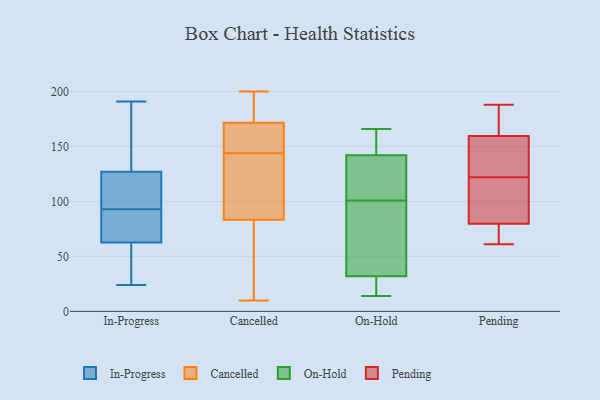
{"axis": {"x": "Demand Index", "y": "Value"}, "legend": ["Cancelled", "In-Progress", "On-Hold", "Pending"], "data": [{"x": "", "y": 73, "type": "In-Progress"}, {"x": "", "y": 67, "type": "In-Progress"}, {"x": "", "y": 90, "type": "In-Progress"}, {"x": "", "y": 24, "type": "In-Progress"}, {"x": "", "y": 37, "type": "In-Progress"}, {"x": "", "y": 43, "type": "In-Progress"}, {"x": "", "y": 65, "type": "In-Progress"}, {"x": "", "y": 53, "type": "In-Progress"}, {"x": "", "y": 101, "type": "In-Progress"}, {"x": "", "y": 161, "type": "In-Progress"}, {"x": "", "y": 132, "type": "In-Progress"}, {"x": "", "y": 118, "type": "In-Progress"}, {"x": "", "y": 62, "type": "In-Progress"}, {"x": "", "y": 191, "type": "In-Progress"}, {"x": "", "y": 130, "type": "In-Progress"}, {"x": "", "y": 93, "type": "In-Progress"}, {"x": "", "y": 115, "type": "In-Progress"}, {"x": "", "y": 181, "type": "In-Progress"}, {"x": "", "y": 115, "type": "In-Progress"}, {"x": "", "y": 172, "type": "Cancelled"}, {"x": "", "y": 109, "type": "Cancelled"}, {"x": "", "y": 10, "type": "Cancelled"}, {"x": "", "y": 75, "type": "Cancelled"}, {"x": "", "y": 144, "type": "Cancelled"}, {"x": "", "y": 157, "type": "Cancelled"}, {"x": "", "y": 110, "type": "Cancelled"}, {"x": "", "y": 75, "type": "Cancelled"}, {"x": "", "y": 173, "type": "Cancelled"}, {"x": "", "y": 200, "type": "Cancelled"}, {"x": "", "y": 171, "type": "Cancelled"}, {"x": "", "y": 130, "type": "On-Hold"}, {"x": "", "y": 121, "type": "On-Hold"}, {"x": "", "y": 160, "type": "On-Hold"}, {"x": "", "y": 81, "type": "On-Hold"}, {"x": "", "y": 142, "type": "On-Hold"}, {"x": "", "y": 147, "type": "On-Hold"}, {"x": "", "y": 123, "type": "On-Hold"}, {"x": "", "y": 14, "type": "On-Hold"}, {"x": "", "y": 22, "type": "On-Hold"}, {"x": "", "y": 67, "type": "On-Hold"}, {"x": "", "y": 166, "type": "On-Hold"}, {"x": "", "y": 72, "type": "On-Hold"}, {"x": "", "y": 18, "type": "On-Hold"}, {"x": "", "y": 32, "type": "On-Hold"}, {"x": "", "y": 188, "type": "Pending"}, {"x": "", "y": 122, "type": "Pending"}, {"x": "", "y": 120, "type": "Pending"}, {"x": "", "y": 130, "type": "Pending"}, {"x": "", "y": 158, "type": "Pending"}, {"x": "", "y": 79, "type": "Pending"}, {"x": "", "y": 160, "type": "Pending"}, {"x": "", "y": 61, "type": "Pending"}, {"x": "", "y": 82, "type": "Pending"}, {"x": "", "y": 77, "type": "Pending"}, {"x": "", "y": 182, "type": "Pending"}]}